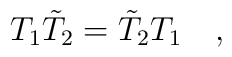
T_1\tilde{T}_2=\tilde{T}_2T_1\quad,